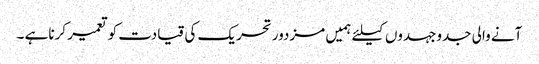
آنے والی جدوجہدوں کیلئے ہمیں مزدور تحریک کی قیادت کو تعمیر کرناہے ۔